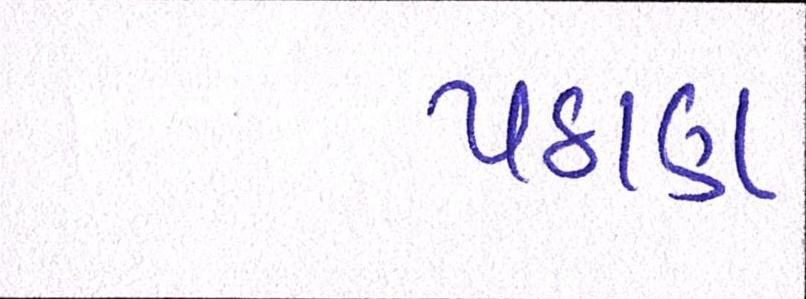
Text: પઠાણ